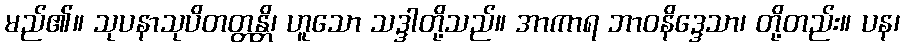
မည်၏။ သုပနာသုပိတတ္တန္တိ၊ ဟူသော သဒ္ဒါတို့သည်။ အာကာရ ဘာဝနိဒ္ဒေသာ၊ တို့တည်း။ ပန၊